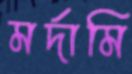
মর্দামি